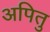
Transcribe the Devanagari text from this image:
अपितु